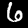
Label: 6